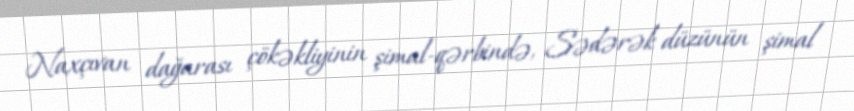
Naxçıvan dağarası çökəkliyinin şimal-qərbində, Sədərək düzünün şimal